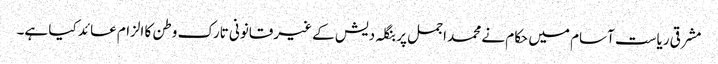
مشرقی ریاست آسام میں حکام نے محمد اجمل پر بنگلہ دیش کے غیرقانونی تارک وطن کا الزام عائد کیا ہے۔